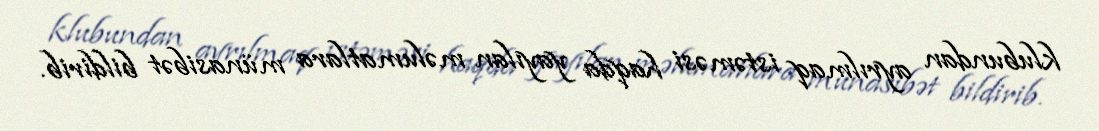
klubundan ayrılmaq istəməsi haqda yayılan məlumatlara münasibət bildirib.